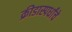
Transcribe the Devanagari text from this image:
क्रीडास्पर्धांचे